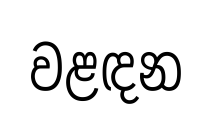
වළඳන